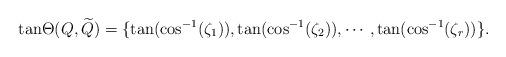
LaTeX: \begin{align*}\textrm{tan}\Theta(Q,\widetilde Q)=\{\tan(\cos^{-1}(\zeta_1)),\tan(\cos^{-1}(\zeta_2)),\cdots,\tan(\cos^{-1}(\zeta_r))\}.\end{align*}